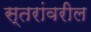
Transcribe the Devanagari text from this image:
स्‍तरांवरील